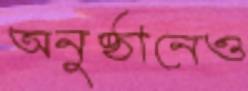
অনুষ্ঠানেও